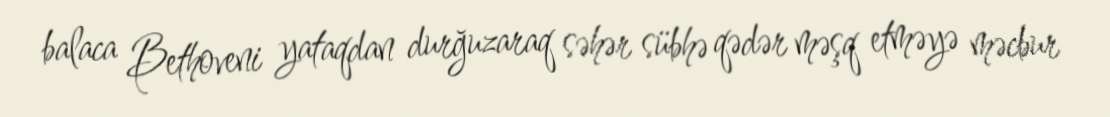
balaca Bethoveni yataqdan durğuzaraq səhər sübhə qədər məşq etməyə məcbur